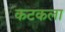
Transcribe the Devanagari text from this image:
कटकला